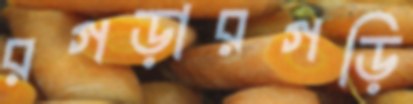
রগড়ারগড়ি